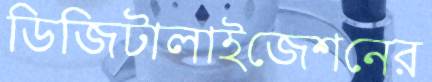
ডিজিটালাইজেশনের